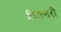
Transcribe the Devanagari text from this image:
विशनरी